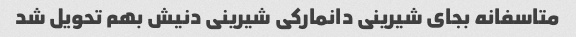
متاسفانه بجای شیرینی دانمارکی شیرینی دنیش بهم تحویل شد